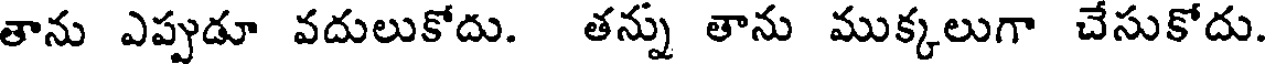
తాను ఎప్పుడూ వదులుకోదు. తన్ను తాను ముక్కలుగా చేసుకోదు.